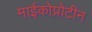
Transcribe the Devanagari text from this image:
माईकोप्रोटीन